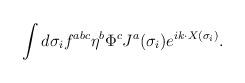
LaTeX: \begin{align*}\int d\sigma_i f^{abc}\eta^b \Phi^cJ^{a}(\sigma_i)e^{ik\cdot X(\sigma_i)}.\end{align*}